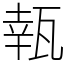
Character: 㼬